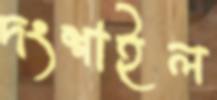
দংশাইল